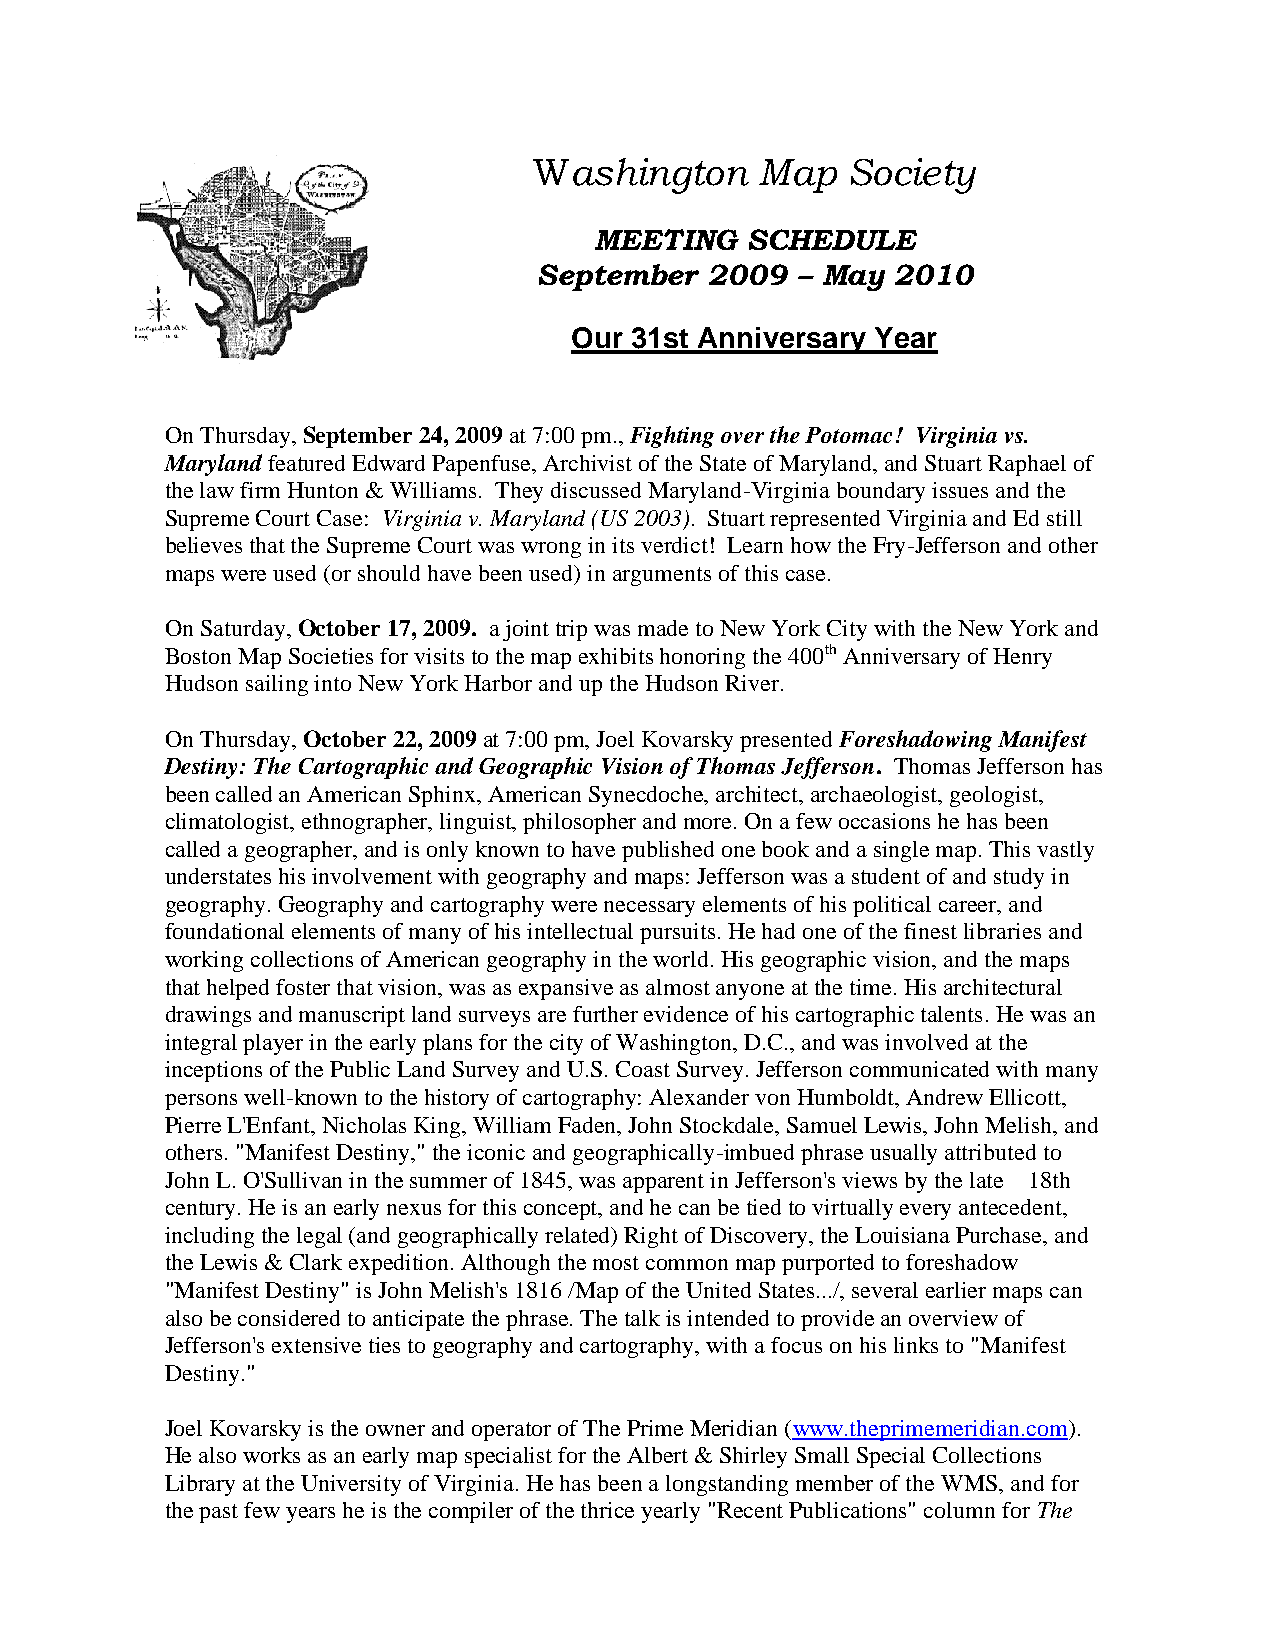
Washington     Map   Society
 MEETING   SCHEDULE
 September   2009  – May 2010
 Our 31st Anniversary Year
 On Thursday, September 24, 2009 at 7:00 pm., Fighting over the Potomac! Virginia vs.
 Maryland featured Edward Papenfuse, Archivist of the State of Maryland, and Stuart Raphael of
 the law firm Hunton & Williams. They discussed Maryland-Virginia boundary issues and the
 Supreme Court Case: Virginia v. Maryland (US 2003). Stuart represented Virginia and Ed still
 believes that the Supreme Court was wrong in its verdict! Learn how the Fry-Jefferson and other
 maps were used (or should have been used) in arguments of this case.
 On Saturday, October 17, 2009. a joint trip was made to New York City with the New York and
 Boston Map Societies for visits to the map exhibits honoring the 400th Anniversary of Henry
 Hudson sailing into New York Harbor and up the Hudson River.
 On Thursday, October 22, 2009 at 7:00 pm, Joel Kovarsky presented Foreshadowing Manifest
 Destiny: The Cartographic and Geographic Vision of Thomas Jefferson. Thomas Jefferson has
 been called an American Sphinx, American Synecdoche, architect, archaeologist, geologist,
 climatologist, ethnographer, linguist, philosopher and more. On a few occasions he has been
 called a geographer, and is only known to have published one book and a single map. This vastly
 understates his involvement with geography and maps: Jefferson was a student of and study in
 geography. Geography and cartography were necessary elements of his political career, and
 foundational elements of many of his intellectual pursuits. He had one of the finest libraries and
 working collections of American geography in the world. His geographic vision, and the maps
 that helped foster that vision, was as expansive as almost anyone at the time. His architectural
 drawings and manuscript land surveys are further evidence of his cartographic talents. He was an
 integral player in the early plans for the city of Washington, D.C., and was involved at the
 inceptions of the Public Land Survey and U.S. Coast Survey. Jefferson communicated with many
 persons well-known to the history of cartography: Alexander von Humboldt, Andrew Ellicott,
 Pierre L'Enfant, Nicholas King, William Faden, John Stockdale, Samuel Lewis, John Melish, and
 others. "Manifest Destiny," the iconic and geographically-imbued phrase usually attributed to
 John L. O'Sullivan in the summer of 1845, was apparent in Jefferson's views by the late 18th
 century. He is an early nexus for this concept, and he can be tied to virtually every antecedent,
 including the legal (and geographically related) Right of Discovery, the Louisiana Purchase, and
 the Lewis & Clark expedition. Although the most common map purported to foreshadow
 "Manifest Destiny" is John Melish's 1816 /Map of the United States.../, several earlier maps can
 also be considered to anticipate the phrase. The talk is intended to provide an overview of
 Jefferson's extensive ties to geography and cartography, with a focus on his links to "Manifest
 Destiny."
 Joel Kovarsky is the owner and operator of The Prime Meridian (www.theprimemeridian.com).
 He also works as an early map specialist for the Albert & Shirley Small Special Collections
 Library at the University of Virginia. He has been a longstanding member of the WMS, and for
 the past few years he is the compiler of the thrice yearly "Recent Publications" column for The